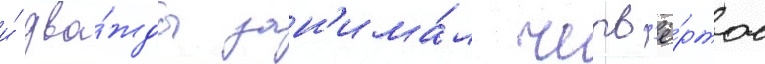
и́ два́жды зан'има́л четв'ё́ртое